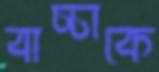
বাচ্চাকে